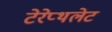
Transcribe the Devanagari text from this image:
टेरेप्थलेट